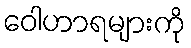
ဝေါဟာရများကို